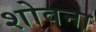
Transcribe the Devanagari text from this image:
शोवना